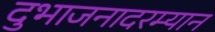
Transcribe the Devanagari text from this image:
दुभाजनादरम्यान